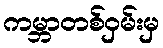
ကမ္ဘာတစ်ဝှမ်းမှ